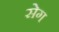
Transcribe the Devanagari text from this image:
सेग